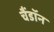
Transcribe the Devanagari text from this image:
चैंडॉन